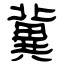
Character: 冀